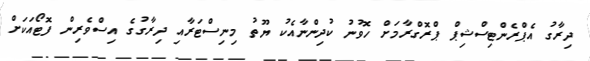
ދިރާގު އެޕްރެންޓިސްޝިޕް ޕްރޮގްރާމަށް ހޮވުނު ކުދިންނާއެކު ޔޫތު މިނިސްޓަރާއި ދިރާގުގެ އިސްވެރިން ފޮޓޯއަކަށް